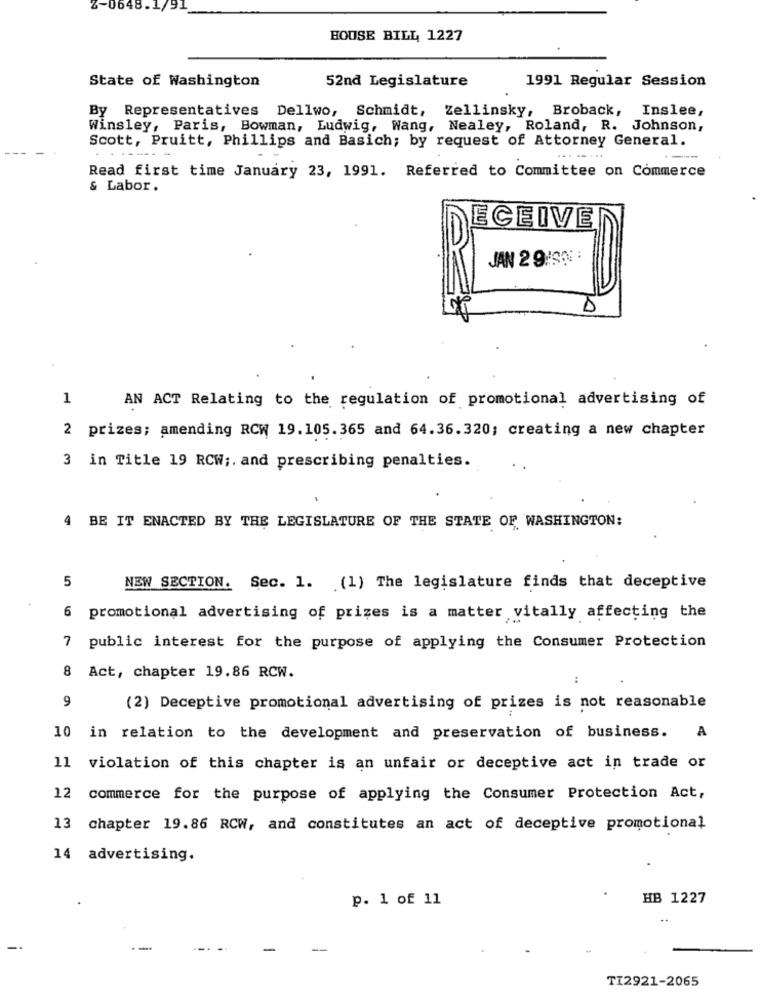
-064
HOUSE BILL 1227
State of Washington
52nd Legislature
1991 Regular Session
By Representatives Dellwo, Schmidt, Zellinsky, Broback, Inslee,
Winsley, Paris, Bowman, Ludwig, Wang, Nealey, Roland, R. Johnson,
Scott, Pruitt, Phillips and Basich; by request of Attorney General.
Read first time January 23, 1991. Referred to Committee on Commerce
& Labor.
ECEIVE
JAN 2 9:SN :
D
1
AN ACT Relating to the regulation of promotional advertising of
2 prizes; amending RCW 19.105.365 and 64.36.320; creating a new chapter
3 in Title 19 RCW ;. and prescribing penalties.
.
4 BE IT ENACTED BY THE LEGISLATURE OF THE STATE OF WASHINGTON:
5
NEW SECTION. Sec. 1. (1) The legislature finds that deceptive
6
promotional advertising of prizes is a matter vitally affecting the
7 public interest for the purpose of applying the Consumer Protection
8
Act, chapter 19.86 RCW.
9
(2) Deceptive promotional advertising of prizes is not reasonable
10 in relation to the development and preservation of business. A
11 violation of this chapter is an unfair or deceptive act in trade or
12 commerce for the purpose of applying the Consumer Protection Act,
13 chapter 19.86 RCW, and constitutes an act of deceptive promotional
14 advertising.
p. 1 of 11
HB 1227
TI2921-2065